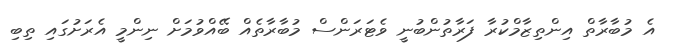
އެ މުބާރާތް އިންތިޒާމްކުރާ ފަރާތުންބުނީ ވެޓަރަންސް މުބާރާތެއް ބޭއްވުމަށް ނިންމީ އެރަށުގައި ތިބި